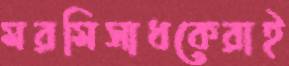
মরমিসাধকেরাই